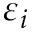
\varepsilon _ { i }